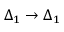
\Delta _ { 1 } \rightarrow \Delta _ { 1 }